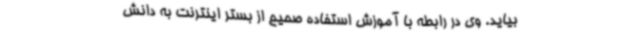
بیاید. وی در رابطه با آموزش استفاده صحیح از بستر اینترنت به دانش